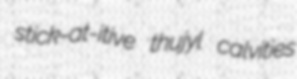
stick-at-itive thujyl calvities